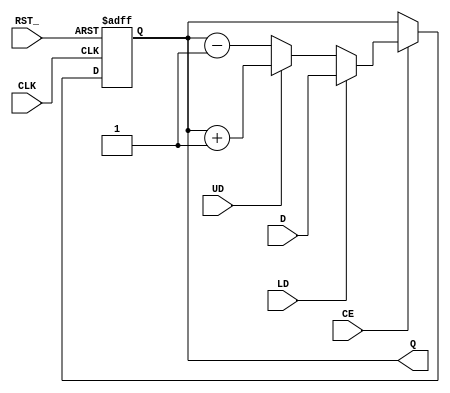
`timescale 1ns / 1ps
//////////////////////////////////////////////////////////////////////////////////
// Company: 
// Engineer: 
// 
// Design Name: 
// Module Name: counter
// Project Name: 
// Target Devices: 
// Tool Versions: 
// Description: 
// 
// Dependencies: 
// 
// Revision:
// Revision 0.01 - File Created
// Additional Comments:
// 
//////////////////////////////////////////////////////////////////////////////////


module counter (D, LD, UD, CE, CLK, RST_, Q); 
input [3:0] D;
input LD, UD, CE, CLK, RST_;

output reg [3:0] Q;

always @ (posedge CLK, negedge RST_)
begin
if (!RST_) Q = 4'b0;

else if (CE)
begin
if (LD) Q = D;
else if (UD) Q = Q + 4'b0001;
else Q = Q - 4'b0001;
end
else Q = Q;
end

endmodule